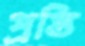
প্রপ্তি